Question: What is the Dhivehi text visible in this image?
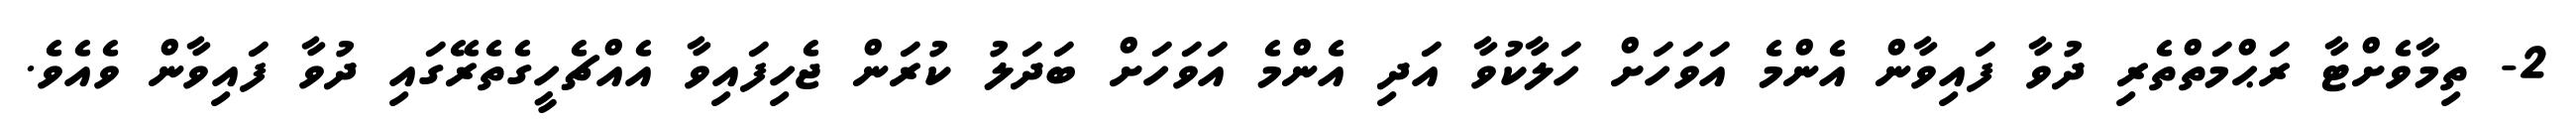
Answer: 2- ތިމާވެށްޓާ ރަޙްމަތްތެރި ދުވާ ފައިވާން އެންމެ އަވަހަށް ހަލާކުވާ އަދި އެންމެ އަވަހަށް ބަދަލު ކުރަން ޖެހިފައިވާ އެއްޗެހީގެތެރޭގައި ދުވާ ފައިވާން ވެއެވެ.